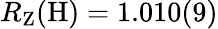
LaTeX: R_{\mathrm{Z}}(\mathrm{H})=1.010(9)